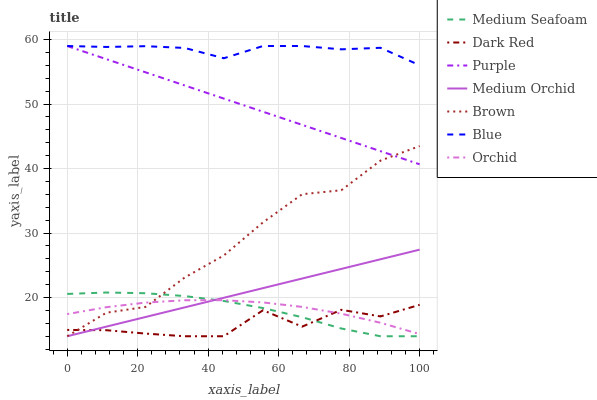
| xaxis_label | Medium Seafoam | Dark Red | Purple | Medium Orchid | Brown | Blue | Orchid |
 | --- | --- | --- | --- | --- | --- | --- | --- |
 | 0 | 20.6 | 15 | 59 | 14 | 14 | 59 | 17.4 |
 | 11.1 | 20.8 | 14.9 | 57 | 15.5 | 17.6 | 58.9 | 18.5 |
 | 22.2 | 20.7 | 14.4 | 54.9 | 17 | 18.5 | 59 | 19.2 |
 | 33.3 | 20.2 | 14 | 52.9 | 18.5 | 23.1 | 58.7 | 19.6 |
 | 44.4 | 19.5 | 14 | 50.8 | 20 | 26.5 | 57.1 | 19.6 |
 | 55.6 | 18.4 | 18 | 48.8 | 21.5 | 31.7 | 59 | 19.2 |
 | 66.7 | 17 | 15.5 | 46.8 | 23 | 36 | 59 | 18.5 |
 | 77.8 | 15.2 | 18.1 | 44.7 | 24.4 | 36.6 | 58.5 | 17.5 |
 | 88.9 | 14 | 17.1 | 42.7 | 25.9 | 41.2 | 58.7 | 16.1 |
 | 100 | 14 | 18.9 | 40.7 | 27.4 | 43.5 | 56 | 14.3 |